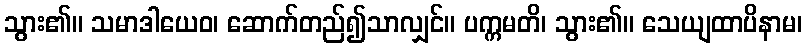
သွား၏။ သမာဒါယေဝ၊ ဆောက်တည်၍သာလျှင်။ ပက္ကမတိ၊ သွား၏။ သေယျထာပိနာမ၊